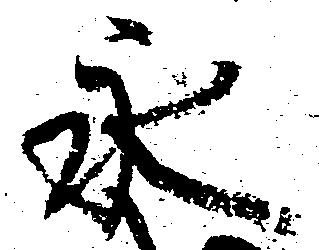
永